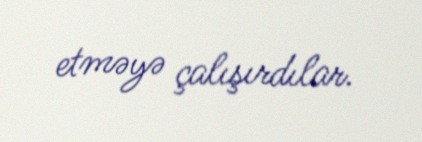
etməyə çalışırdılar.